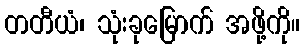
တတီယံ၊ သုံးခုမြောက် အဖို့ကို။